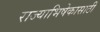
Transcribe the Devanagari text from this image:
राज्याभिषेकासाठी